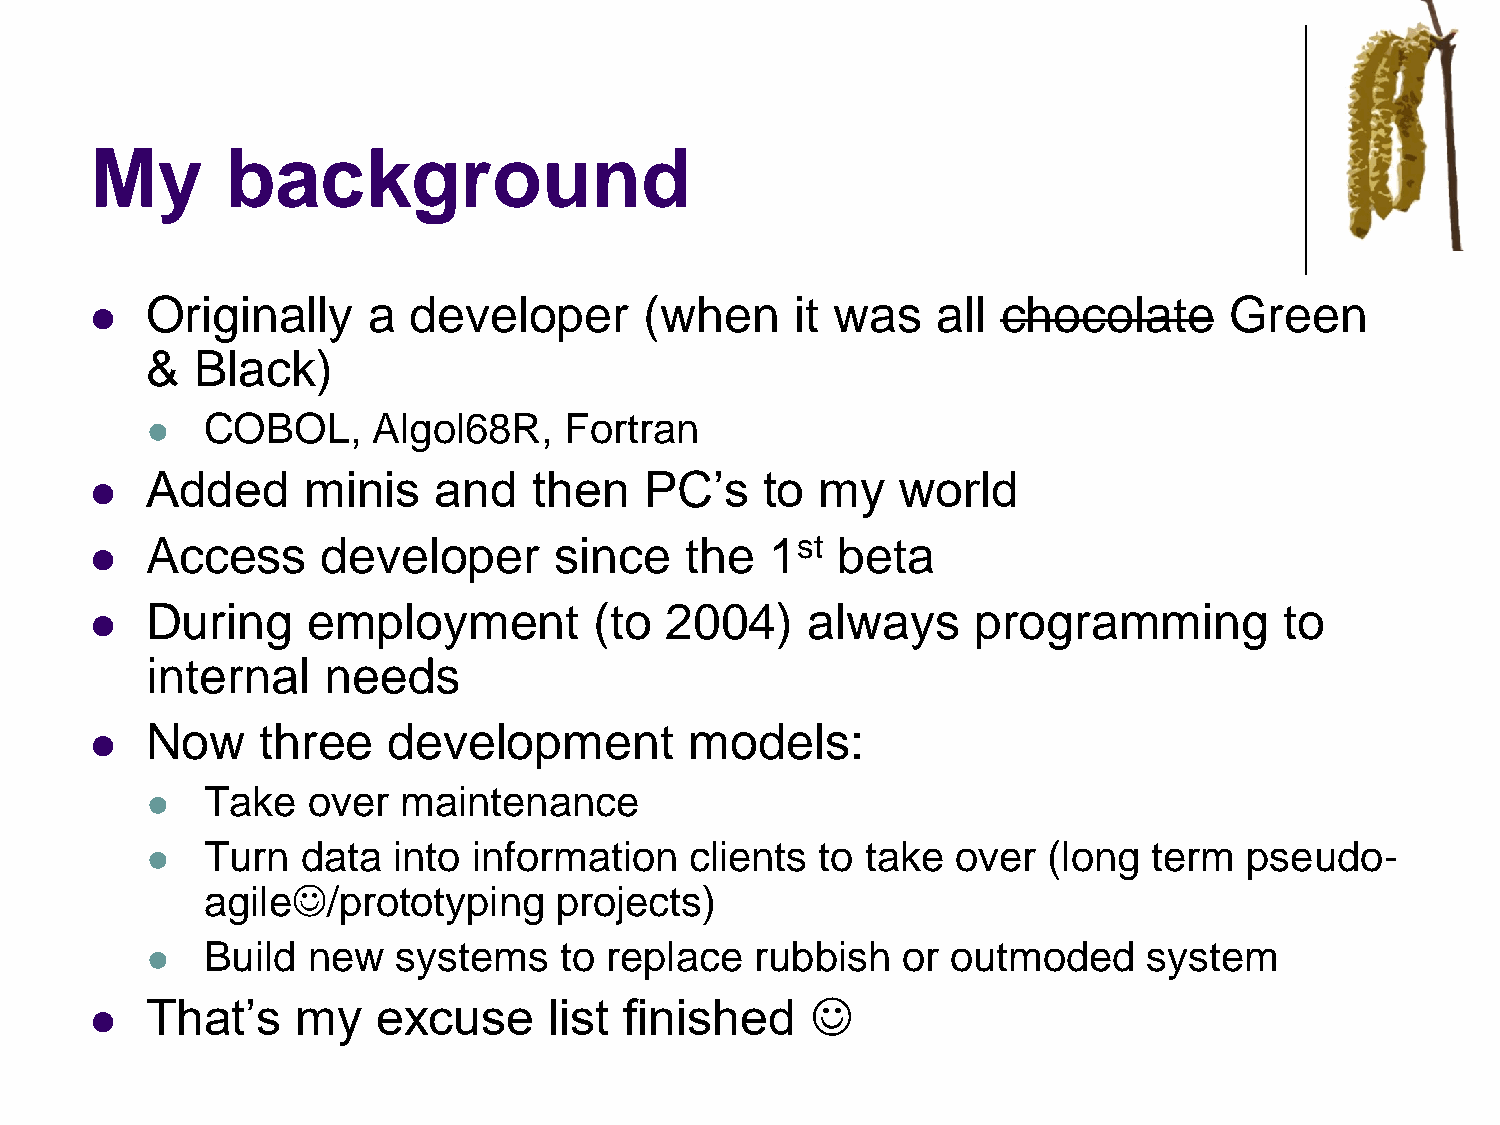
My       background
 Originally    a  developer       (when     it was   all chocolate      Green
 ⚫
 &  Black)
 COBOL,      Algol68R,   Fortran
 ⚫
 Added     minis    and   then    PC’s    to my    world
 ⚫
 Access     developer       since   the   1st beta
 ⚫
 During    employment         (to  2004)     always     programming         to
 ⚫
 internal   needs
 Now    three    development         models:
 ⚫
 Take   over  maintenance
 ⚫
 Turn   data  into information    clients to take  over  (long  term   pseudo-
 ⚫
 agile☺/prototyping      projects)
 Build  new   systems    to replace   rubbish   or outmoded     system
 ⚫
 That’s    my   excuse     list finished     ☺
 ⚫